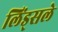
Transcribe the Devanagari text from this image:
लिंड्सले